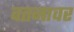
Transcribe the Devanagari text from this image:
वतनावर